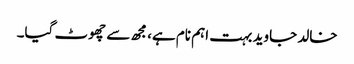
خالد جاوید بہت اہم نام ہے، مجھ سے چھوٹ گیا۔